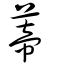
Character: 蒂